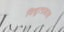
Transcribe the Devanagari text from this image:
विद्युत्प्रकाश